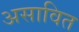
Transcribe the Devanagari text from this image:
असावित